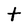
Character: t